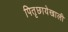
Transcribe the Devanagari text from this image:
पितृछायेखाली